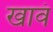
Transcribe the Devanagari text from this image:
खावं